Report on lock hospitals in British Burma
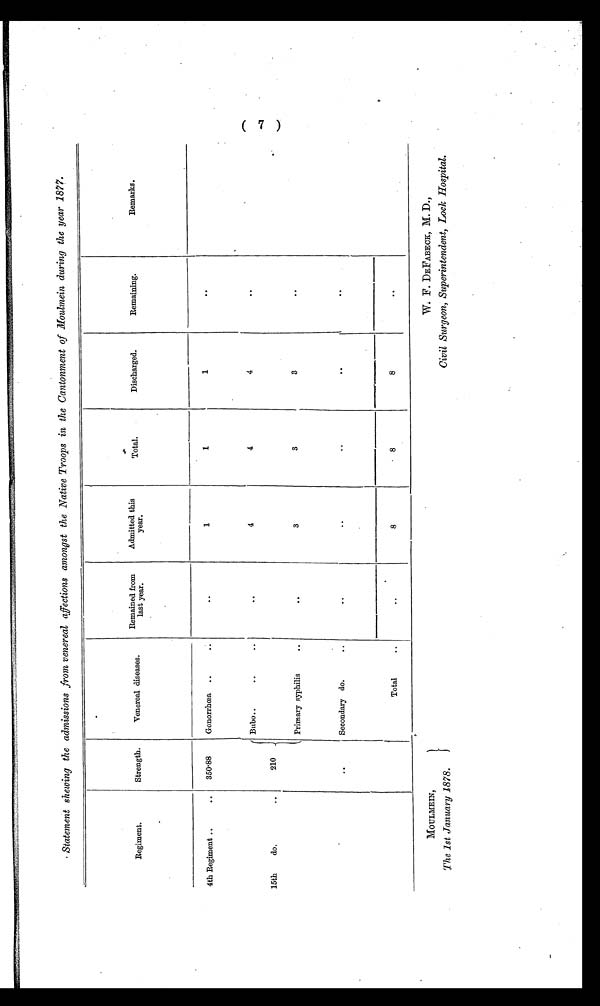
MOULMEIN,
The 1st January 1878.
W. F. DEFABECK, M. D.,
Civil Surgeon, Superintendent, Lock Hospital.
Statement sheaving the admissions from venereal affections amongst the Native Troops in the Cantonment of Moulmein during the year 1877.
Regiment.
Strength.
Venereal diseases.
Remained from
last year.
Admitted this
year.
Total.
Discharged.
Remaining.
Remarks.
4th Regiment ..
..
350.88
Gonorrhoea ..
• •
. .
1
1
1
15th
do.
• •
210
Bubo..
..
..
. .
4
4
4
..
Primary syphilis
..
. .
3
3
3
..
. .
Secondary do.
..
. .
..
. .
. .
..
Total..
..
8
8
8
..